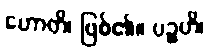
ဟောတိ၊ ဖြစ်၏။ ပဉ္စဟိ၊